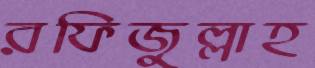
রফিজুল্লাহ